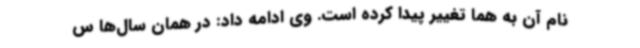
نام آن به هما تغییر پیدا کرده است. وی ادامه داد: در همان سال‌ها س